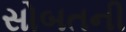
સોબતની